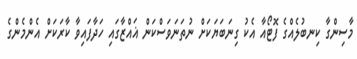
މާސިންގާ ކިނބުލެއްގެ ފޮޓޯއާ އެކު ގިނަބަޔަކަށް ނުތަނަވަސްކަން ޣައްޒާގައި ހަދާފައިވާ ކާރަކަށް އެންމެންގެ